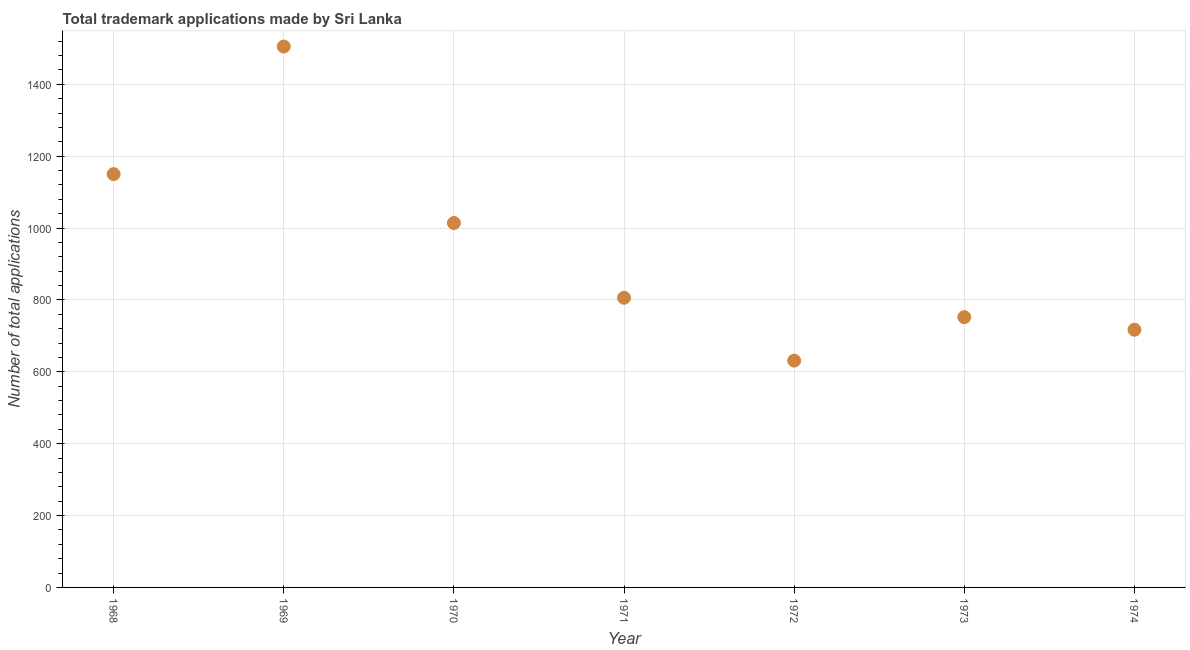
| Year | Trademark applications |
 | --- | --- |
 | 1968 | 1.15e+03 |
 | 1969 | 1.50e+03 |
 | 1970 | 1.01e+03 |
 | 1971 | 806 |
 | 1972 | 631 |
 | 1973 | 752 |
 | 1974 | 717 |